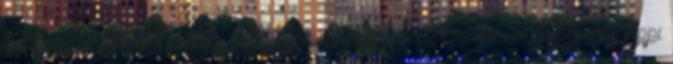
haderő távozását követően jelentősen megerősödött, követői a kommunális hippi